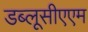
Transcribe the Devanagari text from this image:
डब्लूसीएएम